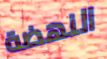
النهضة